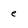
Character: e